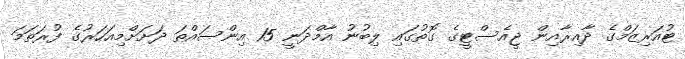
ޓުއަރިޒަމްގެ ދާއިރާއިން ޖީއެސްޓީގެ ގޮތުގައި ލިބުނު އާމްދަނީ 15 އިންސައްތަ ދަށަށްމިއަހަރުގެ ފުރަތަމަ